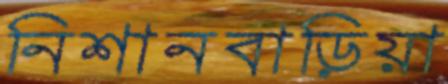
নিশানবাড়িয়া